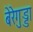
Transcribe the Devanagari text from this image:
बेरेगुड्डा